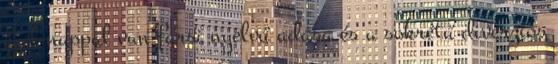
éjjel-nappal van farsi nyelvű adása és a sokrétű diverziós